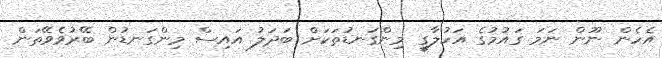
އެހެން ނޫން ނަމަ ގައުމުގެ އަހުލާގީ މިންގަނޑުތަކަށް ބަދަލު އައިސް މިންގަނޑުން ބޭރުވެވޭތަން